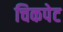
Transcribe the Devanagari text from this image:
चिकपेट